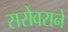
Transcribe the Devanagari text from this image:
सरोवराने